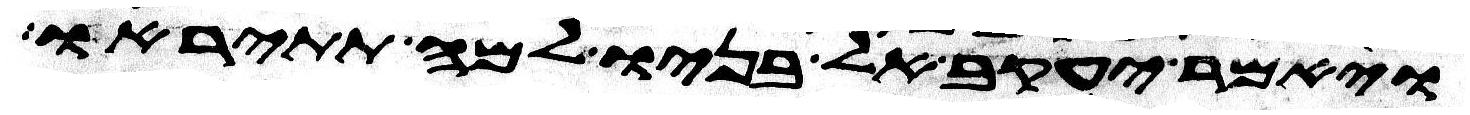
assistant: ויאמר יעקב אל בניו למה תתיראו